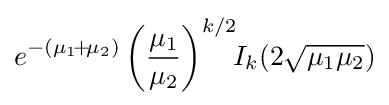
e^{-(\mu _{1}\!+\!\mu _{2})}\left({\frac {\mu _{1}}{\mu _{2}}}\right)^{k/2}\!\!I_{k}(2{\sqrt {\mu _{1}\mu _{2}}})